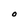
Character: O